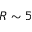
R \sim 5